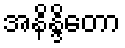
အနိန္ဒိတော